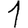
Digit: 1